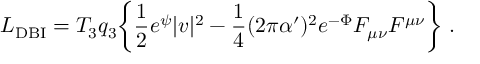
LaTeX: { \cal L } _ { \mathrm { D B I } } = T _ { 3 } q _ { 3 } \biggl \{ \frac { 1 } { 2 } e ^ { \psi } { | v | ^ { 2 } } - \frac { 1 } { 4 } ( 2 \pi \alpha ^ { \prime } ) ^ { 2 } e ^ { - \Phi } { F _ { \mu \nu } F ^ { \mu \nu } \biggr \} \ . }